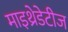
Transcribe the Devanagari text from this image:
माइथ्रेडेटीज